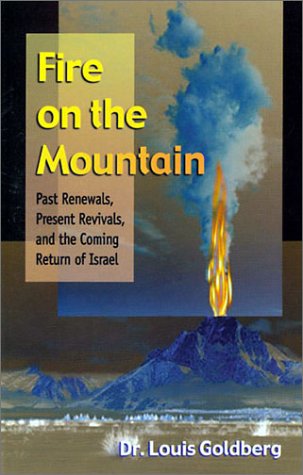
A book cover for Fire on the Mountain: Past Renewals, Present Revivals and the Coming Return of Israel; Louis Goldberg; Religion & Spirituality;